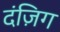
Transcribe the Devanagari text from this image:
दंज़िग